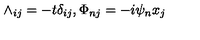
\wedge _ { i j } = - t \delta _ { i j } , \Phi _ { n j } = - i \psi _ { n } x _ { j }